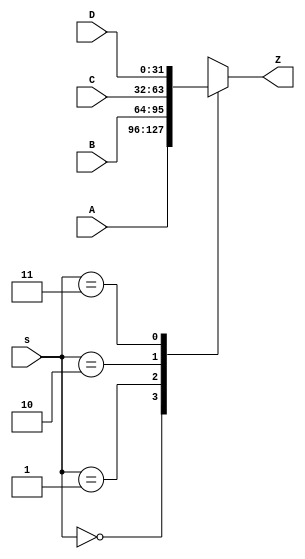
`timescale 1ns / 1ps
//32-bit 4-to-1 multiplexer
module mux4(A,B,C,D,Z,s);

input[31:0] A,B,C,D;
input[1:0] s;

output[31:0] Z;

reg[31:0] Z=0;

always @ (A,B,C,D,s)
case(s)
2'b00:Z<=A;
2'b01:Z<=B;
2'b10:Z<=C;
2'b11:Z<=D;
endcase


endmodule